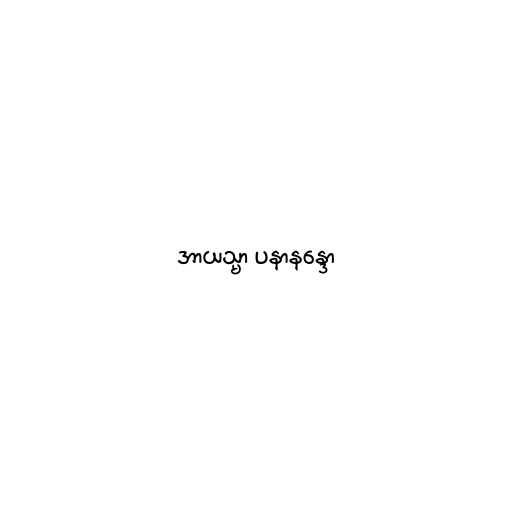
အာယသ္မာ ပနာနန္ဒော